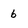
Character: 6